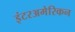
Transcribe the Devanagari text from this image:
इंटरअमेरिकन